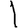
Digit: 1